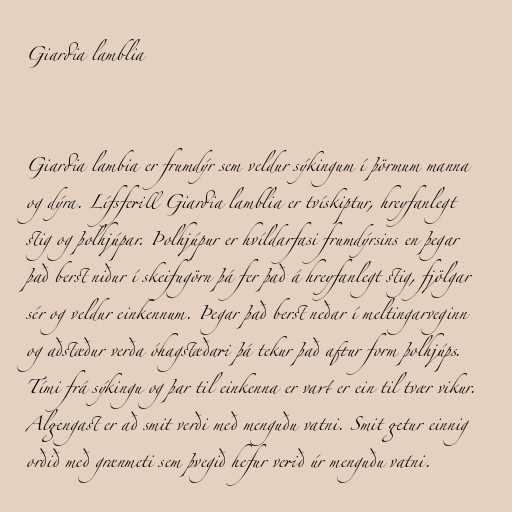
Giardia lamblia

Giardia lambia er frumdýr sem veldur sýkingum í þörmum manna
og dýra. Lífsferill Giardia lamblia er tvískiptur, hreyfanlegt
stig og þolhjúpar. Þolhjúpur er hvíldarfasi frumdýrsins en þegar
það berst niður í skeifugörn þá fer það á hreyfanlegt stig, fjölgar
sér og veldur einkennum. Þegar það berst neðar í meltingarveginn
og aðstæður verða óhagstæðari þá tekur það aftur form þolhjúps.
Tími frá sýkingu og þar til einkenna er vart er ein til tvær vikur.
Algengast er að smit verði með menguðu vatni. Smit getur einnig
orðið með grænmeti sem þvegið hefur verið úr menguðu vatni.